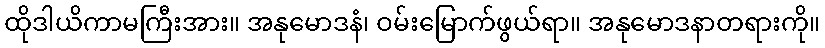
ထိုဒါယိကာမကြီးအား။ အနုမောဒနံ၊ ဝမ်းမြောက်ဖွယ်ရာ။ အနုမောဒနာတရားကို။